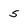
Character: 5